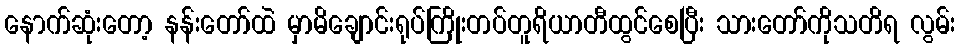
နောက်ဆုံးတော့ နန်းတော်ထဲ မှာမိချောင်းရုပ်ကြိုးတပ်တူရိယာတီထွင်စေပြီး သားတော်ကိုသတိရ လွမ်း